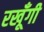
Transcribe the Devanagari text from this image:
रखूँगी